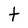
Character: t